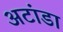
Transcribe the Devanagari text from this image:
अटांडा